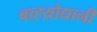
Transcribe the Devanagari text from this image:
बाह्य़ोद्यानी